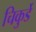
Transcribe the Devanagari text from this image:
चिकुर्डे